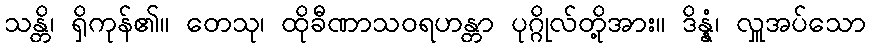
သန္တိ၊ ရှိကုန်၏။ တေသု၊ ထိုခီဏာသဝရဟန္တာ ပုဂ္ဂိုလ်တို့အား။ ဒိန္နံ၊ လှူအပ်သော